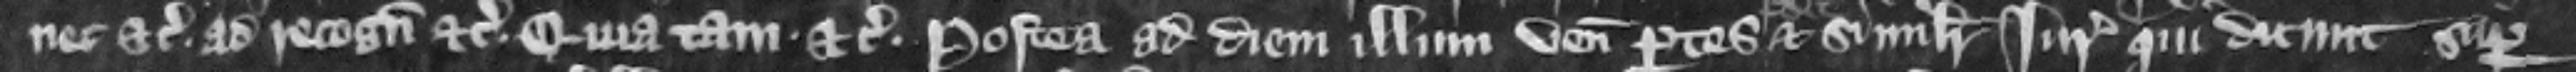
nec etc. ad recognoscendum etc. Quia tam etc. Postea ad diem illum veniunt partes predicte et similiter Iuratores qui dicunt super